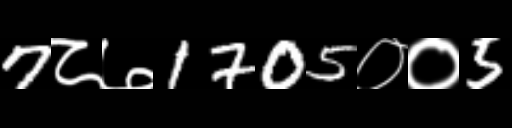
Text: 7८७1705००5